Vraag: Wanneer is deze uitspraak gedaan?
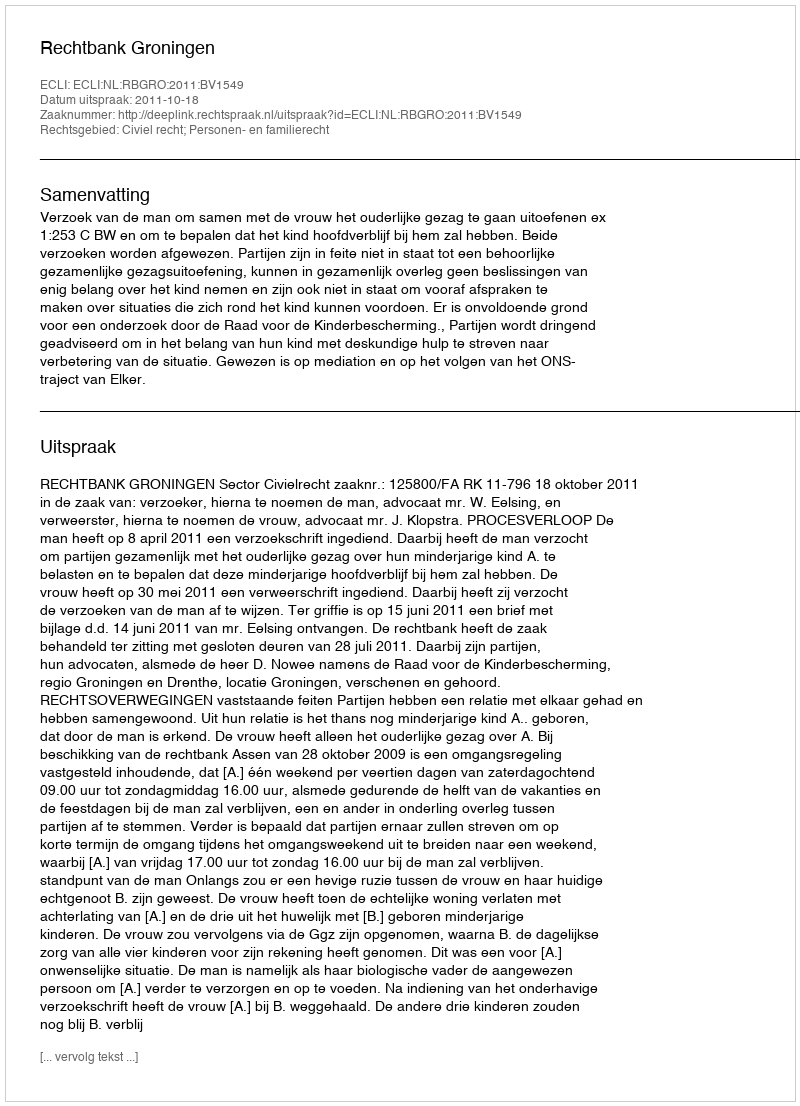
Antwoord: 2011-10-18